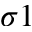
\sigma 1